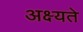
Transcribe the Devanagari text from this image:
अक्ष्यते